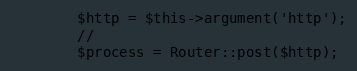
Language: PHP
        $http = $this->argument('http');
        //
        $process = Router::post($http);